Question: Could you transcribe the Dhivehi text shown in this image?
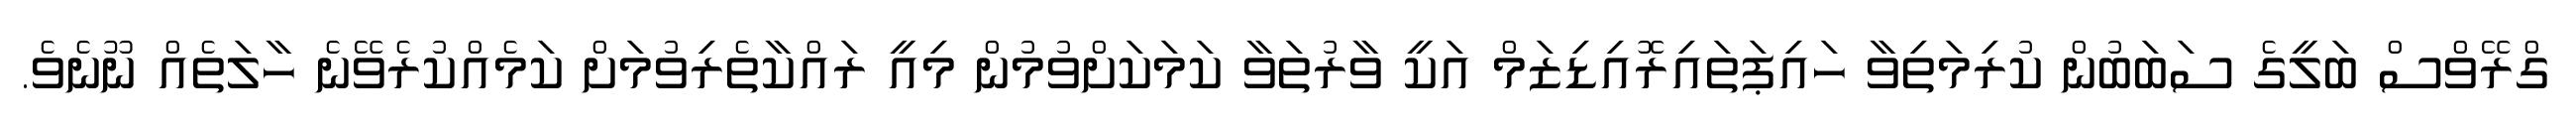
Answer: ގްރޭވްސް ބަލީގެ ސަބަބުން ކުރިމަތިވާ ހައިޕަތައިރޮއިޑިޒަމް އަކީ ވާރުތަވާ ކަމަކަށްވުމުން މިއީ ރައްކާތެރިވުމަށް ކަމެއްކުރެވޭނެ ހާލަތެއް ނޫނެވެ.